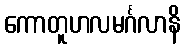
ကောတူဟလမင်္ဂလာနိ